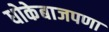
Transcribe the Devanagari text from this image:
धोकेबाजपणा